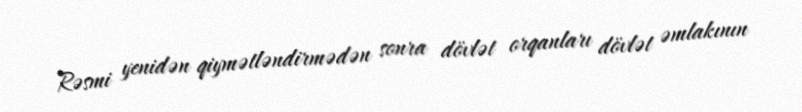
Rəsmi yenidən qiymətləndirmədən sonra dövlət orqanları dövlət əmlakının